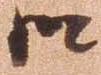
御